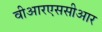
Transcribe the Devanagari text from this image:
वीआरएससीआर